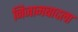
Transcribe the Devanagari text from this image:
निजामबादला